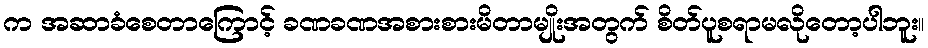
က အဆာခံစေတာကြောင့် ခဏခဏအစားစားမိတာမျိုးအတွက် စိတ်ပူစရာမလိုတော့ပါဘူး။